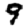
Digit: 9